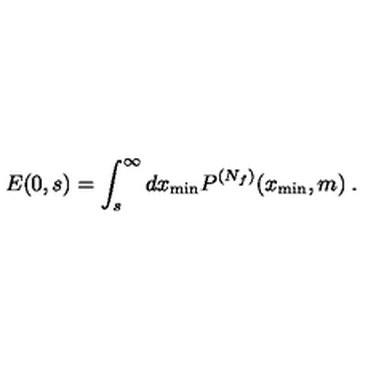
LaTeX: E ( 0 , s ) = \int _ { s } ^ { \infty } d x _ { \mathrm { m i n } } P ^ { ( N _ { f } ) } ( x _ { \mathrm { m i n } } , m ) \: .